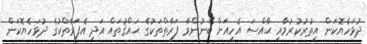
ދުޅަހެޔޮކަން އިތުރުކުރުމާއި ޙާއްސަ އެހީއަށް ބޭނުންވާ ފަރާތްތަކުގެ ޙައްޤުތައް އަދި އެފަރާތްކުގެ ދުޅަހެޔޮކަން